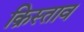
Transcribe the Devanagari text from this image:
क्रिस्ताव